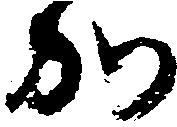
か